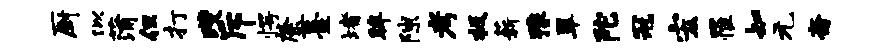
厨似蒲但打躞斥愕綮薹堵眸隙考极薪豫翠陀冠宏罹知元斋